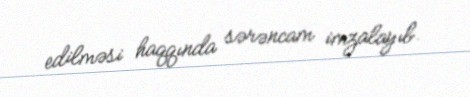
edilməsi haqqında sərəncam imzalayıb.